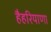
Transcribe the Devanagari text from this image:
हैहरियाणा